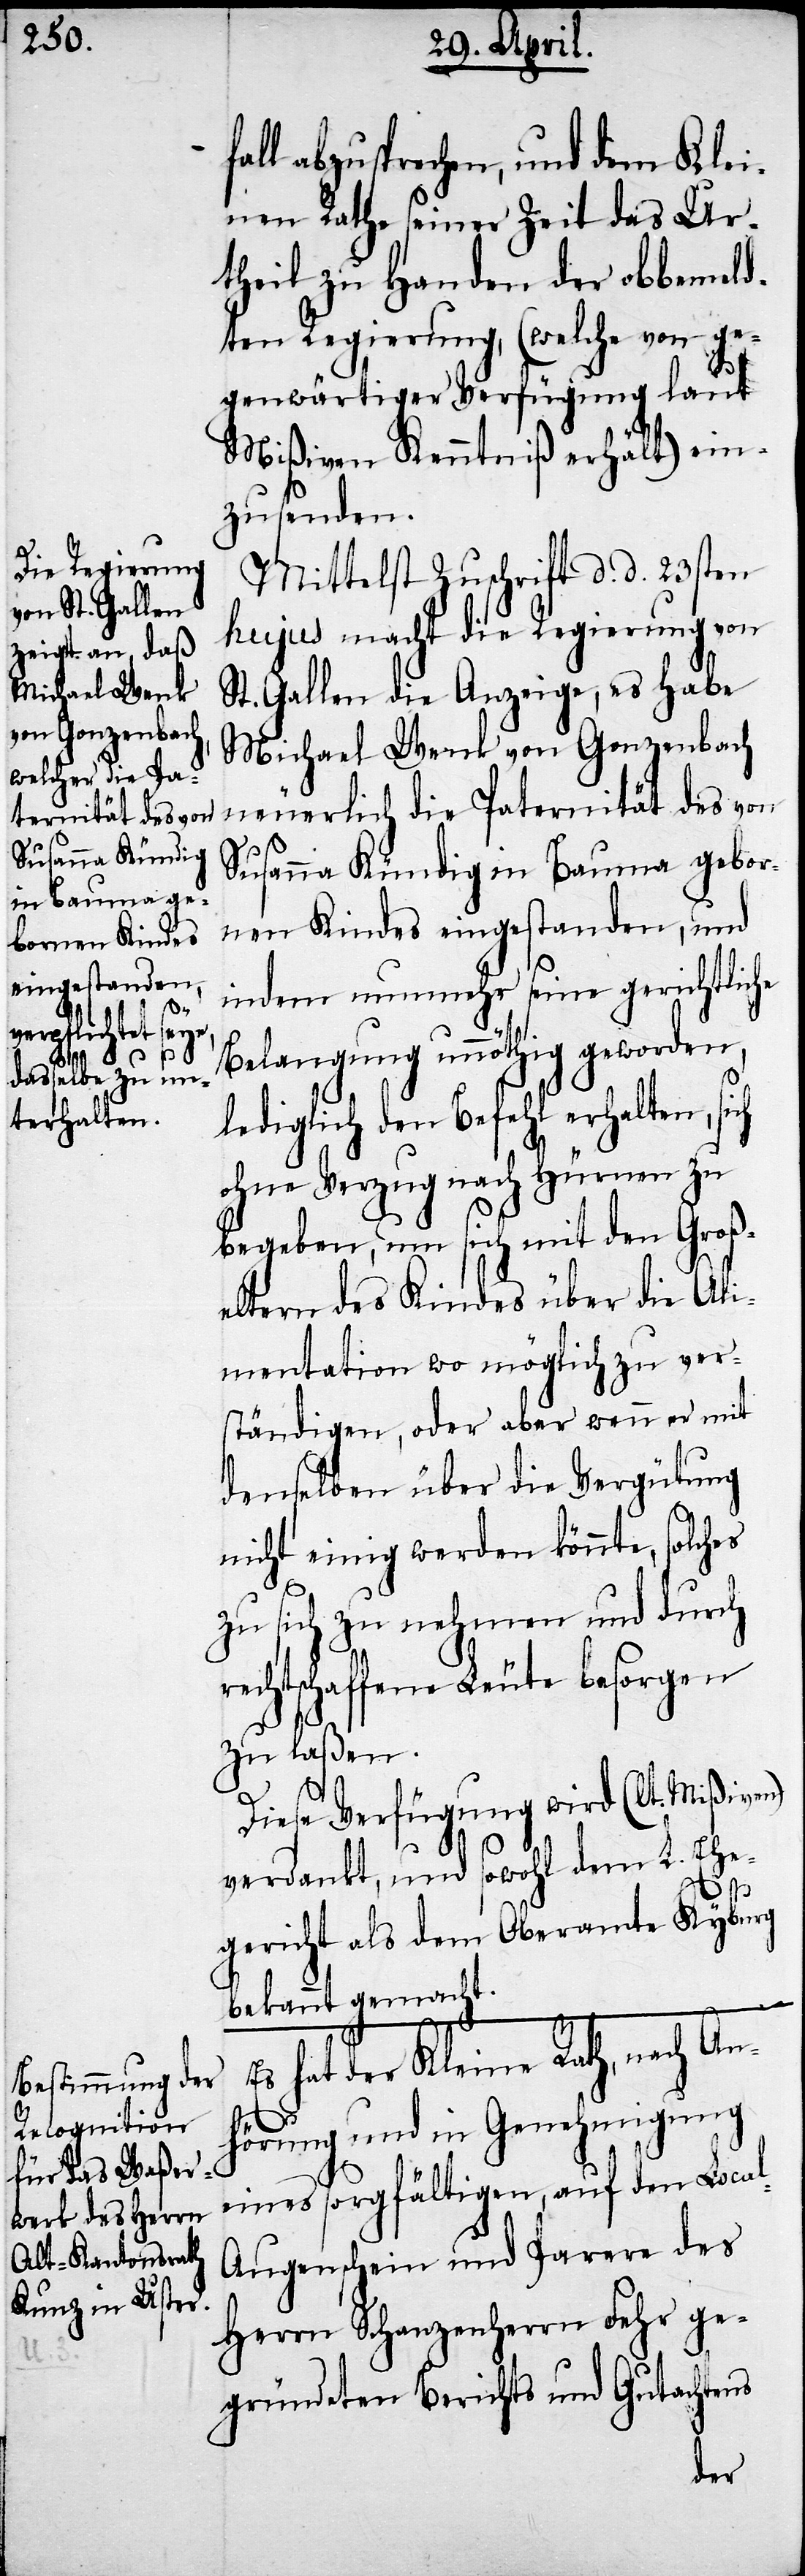
abzusprechen, und dem Klei¬
nen Rathe seiner Zeit das Ur¬
theil zu Handen der obbemeld¬
ten Regierung, (welche von ge¬
genwärtiger Verfügung laut
Mißiven Kenntniß erhält) ein¬
zusenden.
Mittelst Zuschrift d. d. 23sten
hujus macht die Regierung von
St. Gallen die Anzeige, es habe
Michael Wenk von Gonzenbach
neuerlich die Paternität des von
Susanna Kündig in Bauma gebor¬
nen Kindes eingestanden, und
indem nunmehr seine gerichtliche
Belangung unnöthig geworden,
lediglich den Befehl erhalten, si¬
ohne Verzug nach Hürnen zu
begeben, um sich mit den Groß¬
eltern des Kindes über die Ali¬
mentation wo möglich zu ver¬
ständigen, oder aber wenn er mit
denselben über die Vergütung
nicht einig werden könnte, solches
zu sich zu nehmen und durch
rechtschaffene Leute besorgen
zu laßen.
Diese Verfügung wird (lt. Mißiven)
verdankt, und sowohl dem L. Ehe¬
gericht als dem Oberamte Kyburg
bekannt gemacht.
hat der Kleine Rath, nach An¬
hörung und in Genehmigung
eines sorgfältigen, auf den Loca¬
l-Augenschein und Parere des
Herrn Schanzenherrn Fehr ge¬
gründeten Berichts und Gutachtens

ch